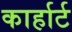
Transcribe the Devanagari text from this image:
कार्हार्ट